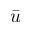
\bar { u }